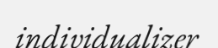
individualizer